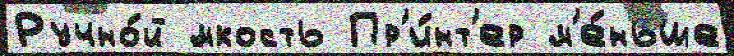
Ручно́й ́мкость Пр'и́нт'ер м'е́ньше